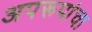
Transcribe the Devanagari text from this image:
अपरूपांचा